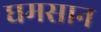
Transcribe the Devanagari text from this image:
घमसान